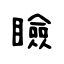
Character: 瞼